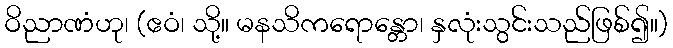
ဝိညာဏံဟု၊ (ဧဝံ၊ သို့။ မနသိကရောန္တော၊ နှလုံးသွင်းသည်ဖြစ်၍။)